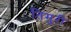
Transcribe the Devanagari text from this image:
तिमुरी